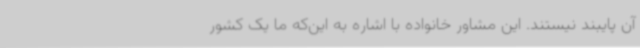
آن پایبند نیستند. این مشاور خانواده با اشاره به این‌که ما یک کشور